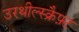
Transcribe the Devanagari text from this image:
उरथील्स्क्रैफ़्ट